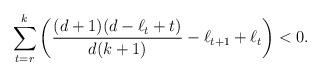
LaTeX: \begin{align*} \sum_{t=r}^k \left(\frac{(d+1)(d-\ell_t+t)}{d(k+1)}-\ell_{t+1}+\ell_t \right) <0.\end{align*}